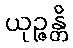
ယုဉ္ဇန္တိ